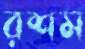
রশম